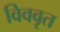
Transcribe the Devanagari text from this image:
विववृत